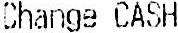
CHANGE CASH